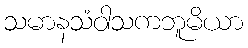
သမာနသံဝါသကဘူမိယာ